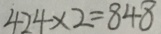
4 2 4 \times 2 = 8 4 8